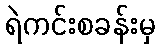
ရဲကင်းစခန်းမှ